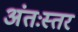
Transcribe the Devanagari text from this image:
अंतःस्तर